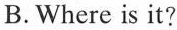
B. Where is it?